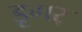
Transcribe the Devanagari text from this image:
डूगर्